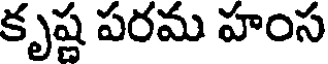
కృష్ణ పరమ హంస